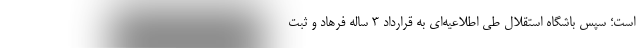
است؛ سپس باشگاه استقلال طی اطلاعیه‌ای به قرارداد ۳ ساله فرهاد و ثبت